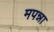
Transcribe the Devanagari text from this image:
मपन्ना